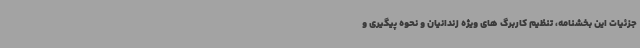
جزئیات این بخشنامه، تنظیم کاربرگ های ویژه زندانیان و نحوه پیگیری و